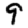
Digit: 9